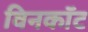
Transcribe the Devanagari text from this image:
विनकॉट